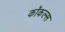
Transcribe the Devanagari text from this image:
कॉकल्स